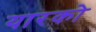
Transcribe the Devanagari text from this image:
यारको